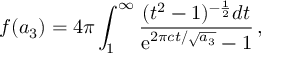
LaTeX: f ( a _ { 3 } ) = 4 \pi \int _ { 1 } ^ { \infty } { \frac { ( t ^ { 2 } - 1 ) ^ { - \frac { 1 } { 2 } } d t } { \mathrm { e } ^ { 2 \pi c t / \sqrt { a _ { 3 } } } - 1 } } \, ,